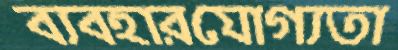
ব্যবহারযোগ্যতা